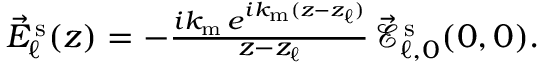
\begin{array} { r } { \vec { E } _ { \ell } ^ { \mathrm { \, s } } ( z ) = - \frac { i k _ { \mathrm { m } } \, e ^ { i k _ { \mathrm { m } } ( z - z _ { \ell } ) } } { z - z _ { \ell } } \, \! \! \, \! \, \, \! \, \, \! \! \, \! \, \, \! \! \, \! \! \, \! \, \, \! \! \, \! \! \, \! \, \, \! \, \, \! \! \, \! \, \, \! \! \, \! \! \, \! \, \, \! \, \, \! \! \, \! \, \, \! \, \, \! \! \, \! \, \, \! \! \, \! \! \, \! \, \, \! \, \, \! \! \, \! \, \, \! \, \, \! \! \vec { \mathcal { E } } _ { \ell , 0 } ^ { \mathrm { \, s } } ( 0 , 0 ) . } \end{array}